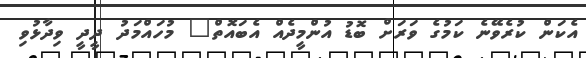
އެކަން ކުރެވޭނެ ކަމުގެ ވަރަށް ބޮޑު އުންމީދެއް އެބައޮތް" މުހައްމަދު ދީދީ ވިދާޅުވި